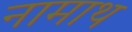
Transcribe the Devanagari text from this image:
नामाथ